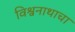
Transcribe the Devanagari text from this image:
विश्वनाथाचा